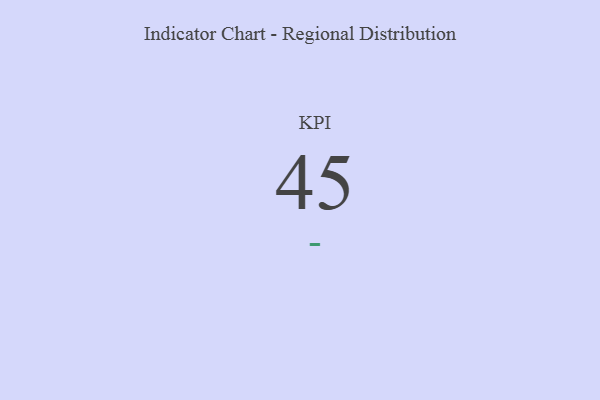
{"axis": {"x": "KPI", "y": "Value"}, "legend": [""], "data": [{"x": "KPI", "y": 45, "type": ""}]}